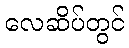
လေဆိပ်တွင်